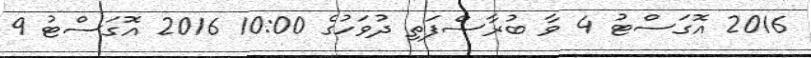
2016 އޮގަސްޓު 4 ވާ ބުރާސްފަތި ދުވަހުގެ 10:00 2016 އޮގަސްޓު 9